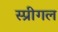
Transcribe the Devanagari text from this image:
स्प्रीगल